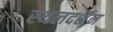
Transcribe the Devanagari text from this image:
स्थलदर्शन